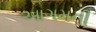
આગમની